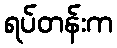
ရပ်တန်းက